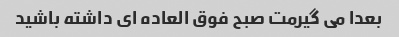
بعدا می گیرمت صبح فوق العاده ای داشته باشید